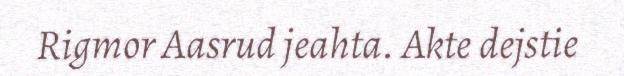
Rigmor Aasrud jeahta. Akte dejstie